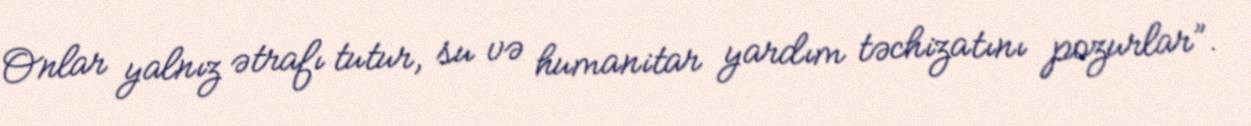
Onlar yalnız ətrafı tutur, su və humanitar yardım təchizatını pozurlar”.